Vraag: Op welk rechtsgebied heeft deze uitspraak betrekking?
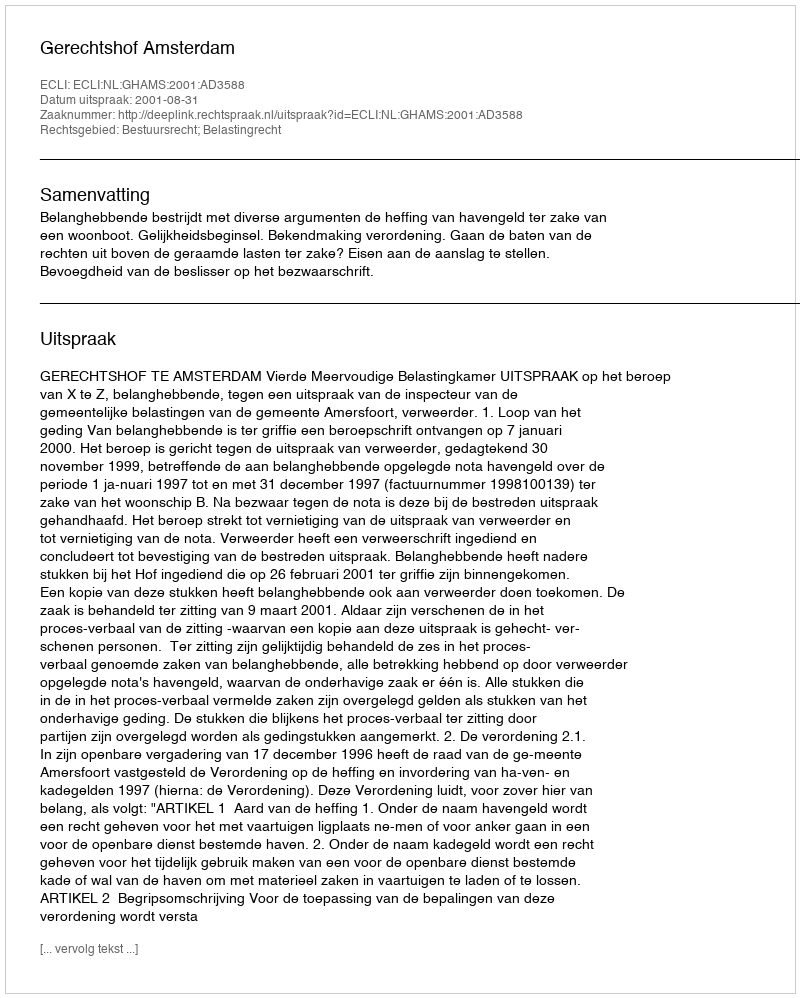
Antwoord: Bestuursrecht; Belastingrecht